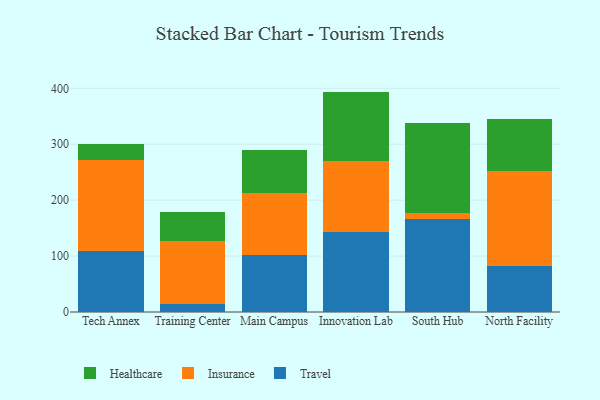
{"axis": {"x": "Campus", "y": "Temperature (°C)"}, "legend": ["Healthcare", "Insurance", "Travel"], "data": [{"x": "Tech Annex", "y": 108.6, "type": "Travel"}, {"x": "Tech Annex", "y": 162.8, "type": "Insurance"}, {"x": "Tech Annex", "y": 28.9, "type": "Healthcare"}, {"x": "Training Center", "y": 15.2, "type": "Travel"}, {"x": "Training Center", "y": 110.9, "type": "Insurance"}, {"x": "Training Center", "y": 53.2, "type": "Healthcare"}, {"x": "Main Campus", "y": 101.6, "type": "Travel"}, {"x": "Main Campus", "y": 111.2, "type": "Insurance"}, {"x": "Main Campus", "y": 76.9, "type": "Healthcare"}, {"x": "Innovation Lab", "y": 143.4, "type": "Travel"}, {"x": "Innovation Lab", "y": 127.1, "type": "Insurance"}, {"x": "Innovation Lab", "y": 123.6, "type": "Healthcare"}, {"x": "South Hub", "y": 166.6, "type": "Travel"}, {"x": "South Hub", "y": 10.7, "type": "Insurance"}, {"x": "South Hub", "y": 160.0, "type": "Healthcare"}, {"x": "North Facility", "y": 82.5, "type": "Travel"}, {"x": "North Facility", "y": 170.4, "type": "Insurance"}, {"x": "North Facility", "y": 91.7, "type": "Healthcare"}]}